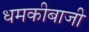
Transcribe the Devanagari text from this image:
धमकीबाजी